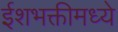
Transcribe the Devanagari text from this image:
ईशभक्तीमध्ये